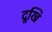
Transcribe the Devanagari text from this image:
दूखि